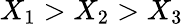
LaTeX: X_{1}>X_{2}>X_{3}